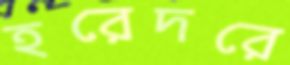
হরেদরে